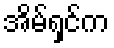
အိမ်ရှင်က